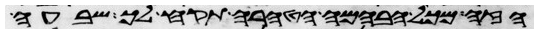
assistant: הזה מכל הבהמה הטהרה תקח לך שבעה